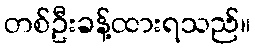
တစ်ဦးခန့်ထားရသည်။